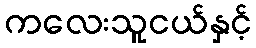
ကလေးသူငယ်နှင့်